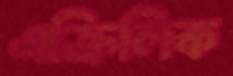
এক্রিলিক